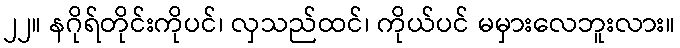
၂၂။ နဂိုရ်တိုင်းကိုပင်၊ လှသည်ထင်၊ ကိုယ်ပင် မမှားလေဘူးလား။